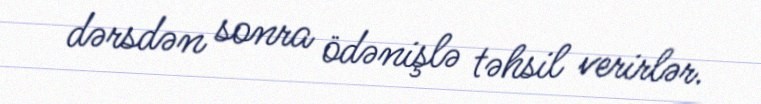
dərsdən sonra ödənişlə təhsil verirlər.